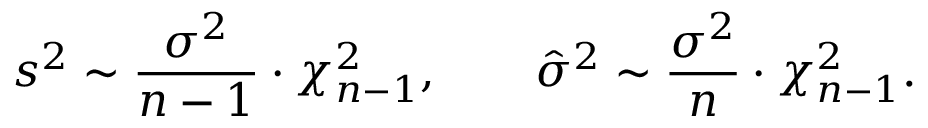
s ^ { 2 } \sim { \frac { \sigma ^ { 2 } } { n - 1 } } \cdot \chi _ { n - 1 } ^ { 2 } , \qquad { \hat { \sigma } } ^ { 2 } \sim { \frac { \sigma ^ { 2 } } { n } } \cdot \chi _ { n - 1 } ^ { 2 } .